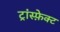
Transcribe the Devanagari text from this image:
ट्रांस्फ़ेक्ट